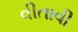
વીતાવી